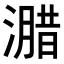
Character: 𭲢